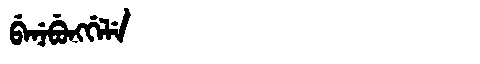
Manchu: ᠪᡝᠨᡝᠪᡠᠩᡤᡝᠯᡝ
Romanization: BENEBUNGGELE